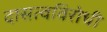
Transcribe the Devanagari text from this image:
दासत्वविरोधी